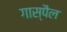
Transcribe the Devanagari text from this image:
गास्पैल